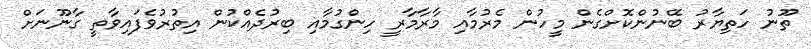
ތޫނު ހަތިޔާރު ބޭނުންކޮށްގެން މީހުން މެރުމާއި މާރާމާރީ ހިންގުމާއި ބިރުދެއްކުން އިތުރުވެފައިވާތީ ގާނޫނަށް